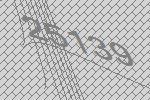
25139